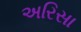
અરિસા